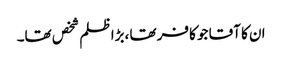
ان کا آقا جو کافر تھا ،بڑا ظلم شخص تھا۔